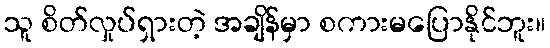
သူ စိတ်လှုပ်ရှားတဲ့ အချိန်မှာ စကားမပြောနိုင်ဘူး။